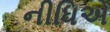
નીધિએ